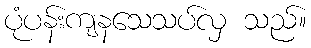
ပုံပန်းကျနသေသပ်လှ သည်။